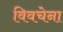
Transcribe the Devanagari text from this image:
विवचेना